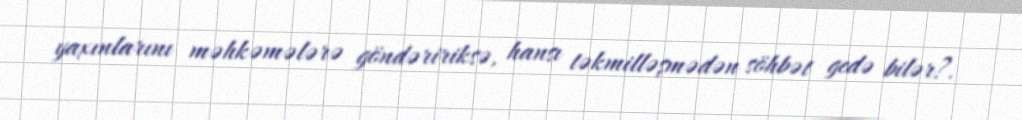
yaxınlarını məhkəmələrə göndəririksə, hansı təkmilləşmədən söhbət gedə bilər?.